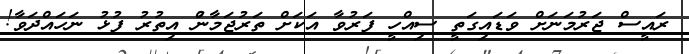
ރައީސް ޖަރުމަނަށް ވަޑައިގަތީ ސިއްހީ ފަރުވާ އަކަށް ތަރުޖަމާނުް އިތުރު ފުޅު ނަހައްދަވާ!